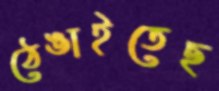
ঠেঙাইতেছ